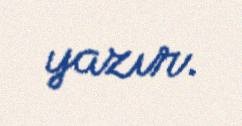
yazır.